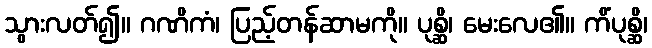
သွားလတ်၍။ ဂဏိကံ၊ ပြည့်တန်ဆာမကို။ ပုစ္ဆိ၊ မေးလေ၏။ ကိံပုစ္ဆိ၊